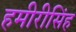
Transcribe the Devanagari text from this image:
हमीरीसिंह